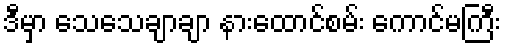
ဒီမှာ သေသေချာချာ နားထောင်စမ်း ကောင်မကြီး